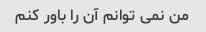
من نمی توانم آن را باور کنم